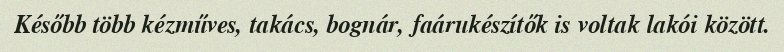
Később több kézműves, takács, bognár, faárukészítők is voltak lakói között.